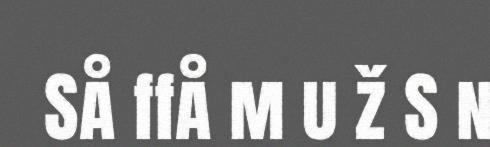
Så ffå m u ž S n